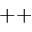
^ { + + }